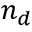
n _ { d }